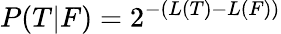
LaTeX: P(T|F)=2^{-(L(T)-L(F))}